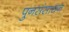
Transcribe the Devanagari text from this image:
पुनसंसाधन